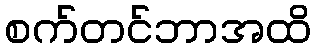
စက်တင်ဘာအထိ